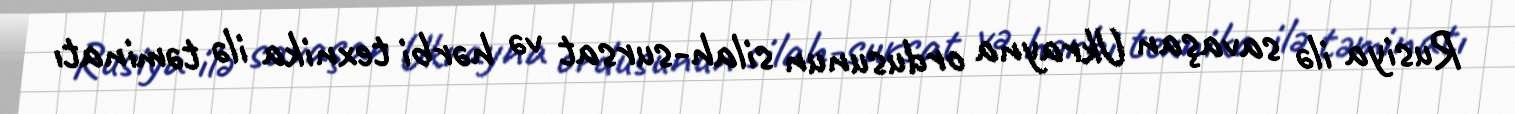
Rusiya ilə savaşan Ukrayna ordusunun silah-sursat və hərbi texnika ilə təminatı